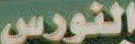
النورس